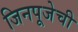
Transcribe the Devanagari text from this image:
जिनपूजेची